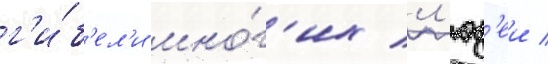
г'и́б'ел'и мно́г'их л'юд'еи /